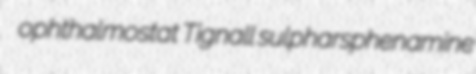
ophthalmostat Tignall sulpharsphenamine